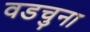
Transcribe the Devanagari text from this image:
वडचुना